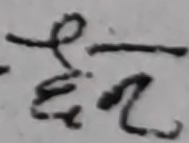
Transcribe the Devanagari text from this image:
९६८